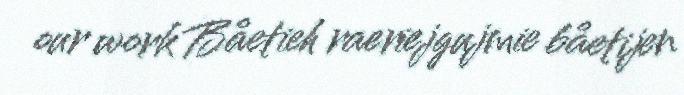
our work Båetieh raeriejgujmie båetijen